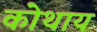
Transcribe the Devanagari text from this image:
कोथाय